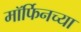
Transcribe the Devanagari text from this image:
मॉर्फिनच्या